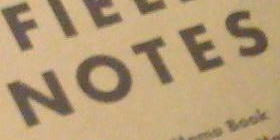
NOTES